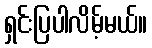
ရှင်းပြပါလိမ့်မယ်။